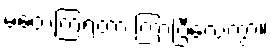
မတွေ့ကြရတာ ကြာပြီလေကွာ။